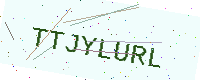
Text: TTJYLURL